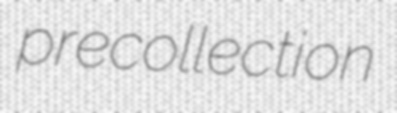
precollection